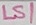
Text: LS1